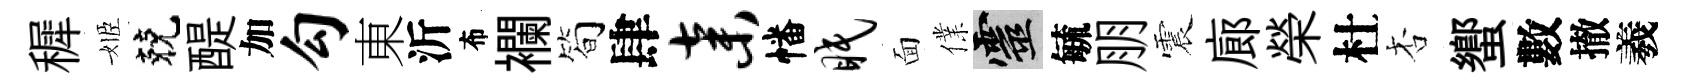
穉姬兢醍加勾東沂布襴筍肆弃幡眠面㒒靈毓朋震廊榮杜杏蠁數撤羲